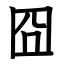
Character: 囧